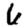
Digit: 6